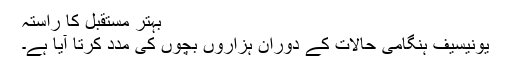
بہتر مستقبل کا راستہ
یونیسیف ہنگامی حالات کے دوران ہزاروں بچوں کی مدد کرتا آیا ہے۔